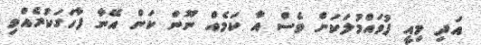
އަދި މިއީ ފުވައްމުލަކަށް ވެސް އާ ކަމެއް ނޫން ކަން އޭނާ ފާހަގަކުރެއްވި